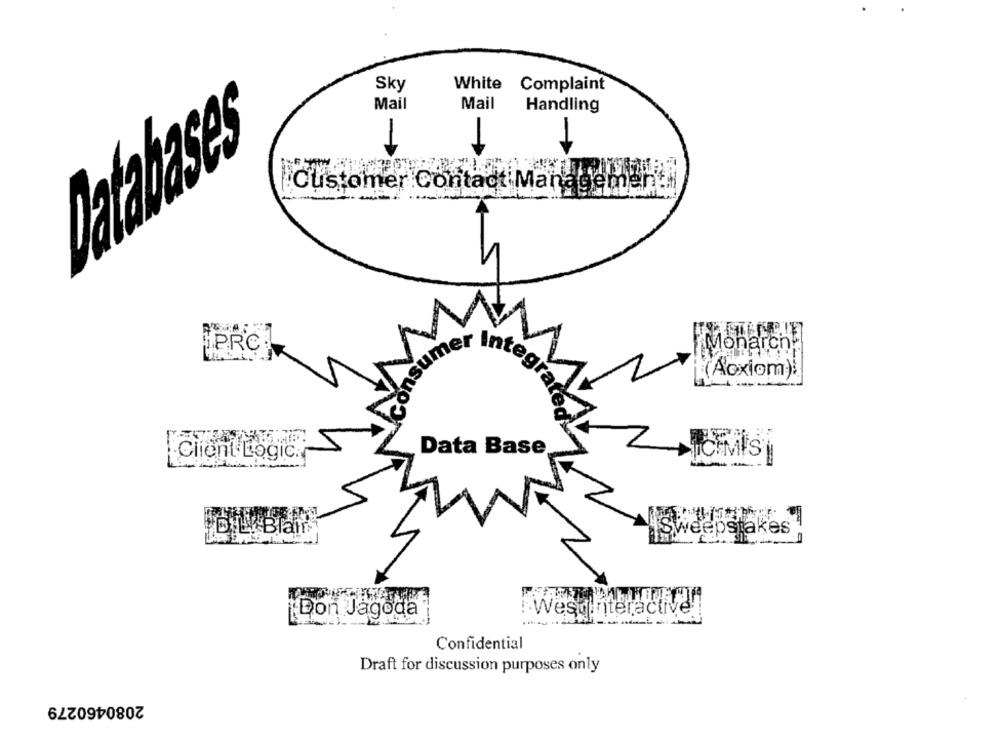
Sky
White Complaint
Mail
Mail
Handling
Databases
Customer Contact Manag
PRC:
Monarch.
(Aoxiom).
Data Base
Client Logic.
ID.L. Blair
ISweepstakes
Don Jagoda
west interacti
Confidential
Draft for discussion purposes only
2080460279